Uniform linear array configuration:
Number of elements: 48
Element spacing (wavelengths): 0.75
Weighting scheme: blackman
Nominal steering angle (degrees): -45
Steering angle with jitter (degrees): -46.06
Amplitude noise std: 0.05
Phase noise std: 0.05

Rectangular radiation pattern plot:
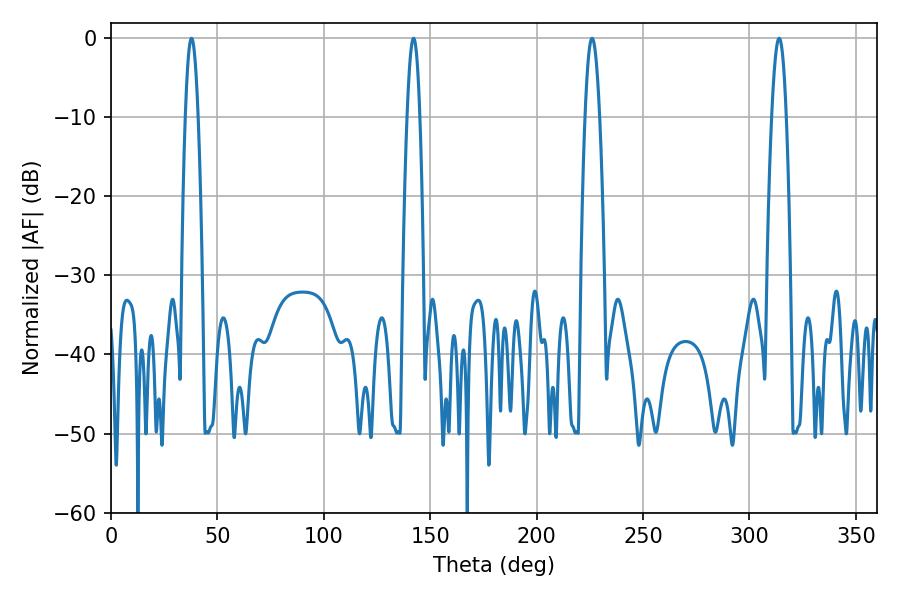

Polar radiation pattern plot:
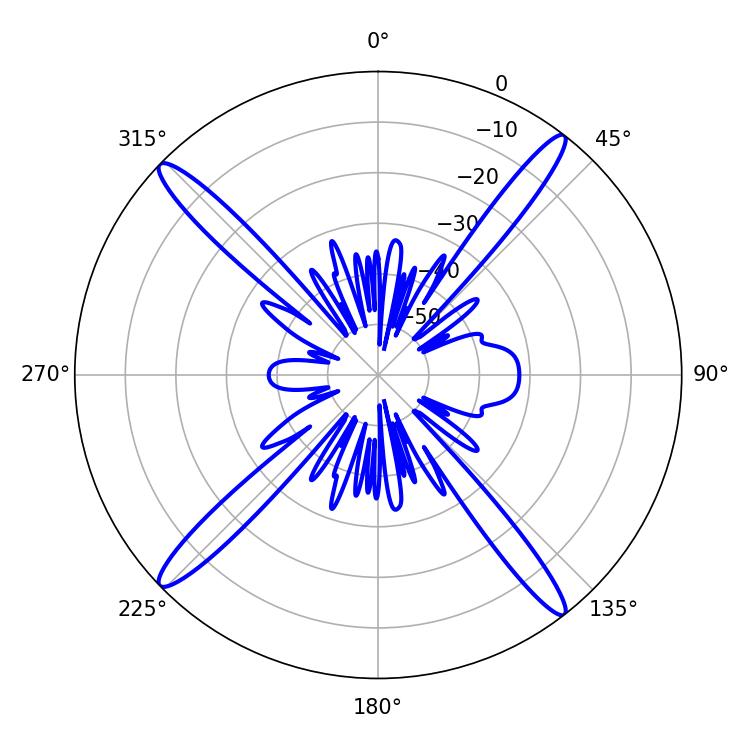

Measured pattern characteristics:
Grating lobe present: TRUE
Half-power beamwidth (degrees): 3.6
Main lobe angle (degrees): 226.08